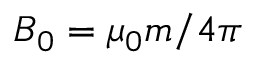
B _ { 0 } = \mu _ { 0 } m / 4 \pi